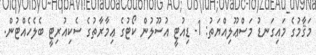
މަޤާމުގެ މައިގަނޑު މަސްޢޫލިއްޔަތު: 1- ޑިއުޓީ އުސޫލުން ކޯޓުގެ ޢިމާރާތުގެ ސެކިއުރިޓީ ބެލެހެއްޓުން.